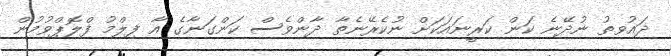
ދައުވތު ނުދޭނެ ކަން ކަރީނައަކަށް ނުކެރޭނެތާ ދާންވެސް ކަންގަނާގެ އާ ފިލްމު ފްލޮޕްވުމުން